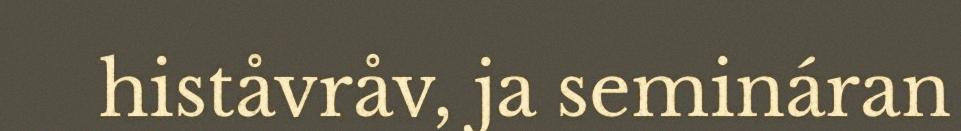
histåvråv, ja semináran